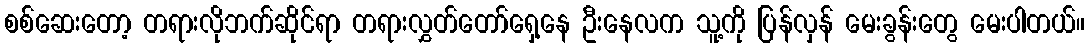
စစ်ဆေးတော့ တရားလိုဘက်ဆိုင်ရာ တရားလွှတ်တော်ရှေ့နေ ဦးနေလက သူ့ကို ပြန်လှန် မေးခွန်းတွေ မေးပါတယ်။